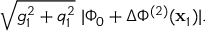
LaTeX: \sqrt { g _ { 1 } ^ { 2 } + q _ { 1 } ^ { 2 } } \; | \Phi _ { 0 } + \Delta \Phi ^ { ( 2 ) } ( { \bf x } _ { 1 } ) | .